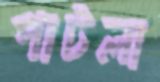
পাটলা